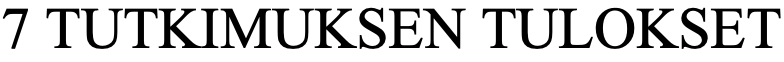
7 TUTKIMUKSEN   TULOKSET